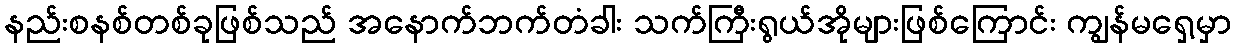
နည်းစနစ်တစ်ခုဖြစ်သည် အနောက်ဘက်တံခါး သက်ကြီးရွယ်အိုများဖြစ်ကြောင်း ကျွန်မရှေ့မှာ